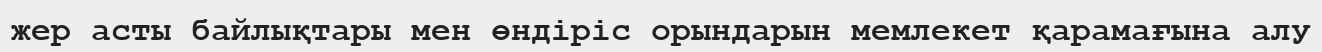
жер асты байлықтары мен өндіріс орындарын мемлекет қарамағына алу